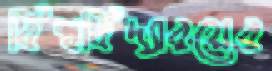
বিশ্ববিদ্যারয়ের